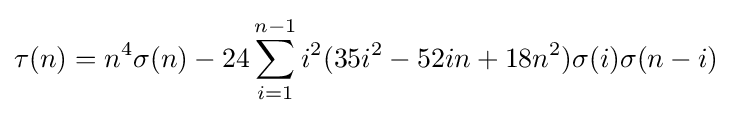
\tau (n)=n^{4}\sigma (n)-24\sum _{i=1}^{n-1}i^{2}(35i^{2}-52in+18n^{2})\sigma (i)\sigma (n-i)